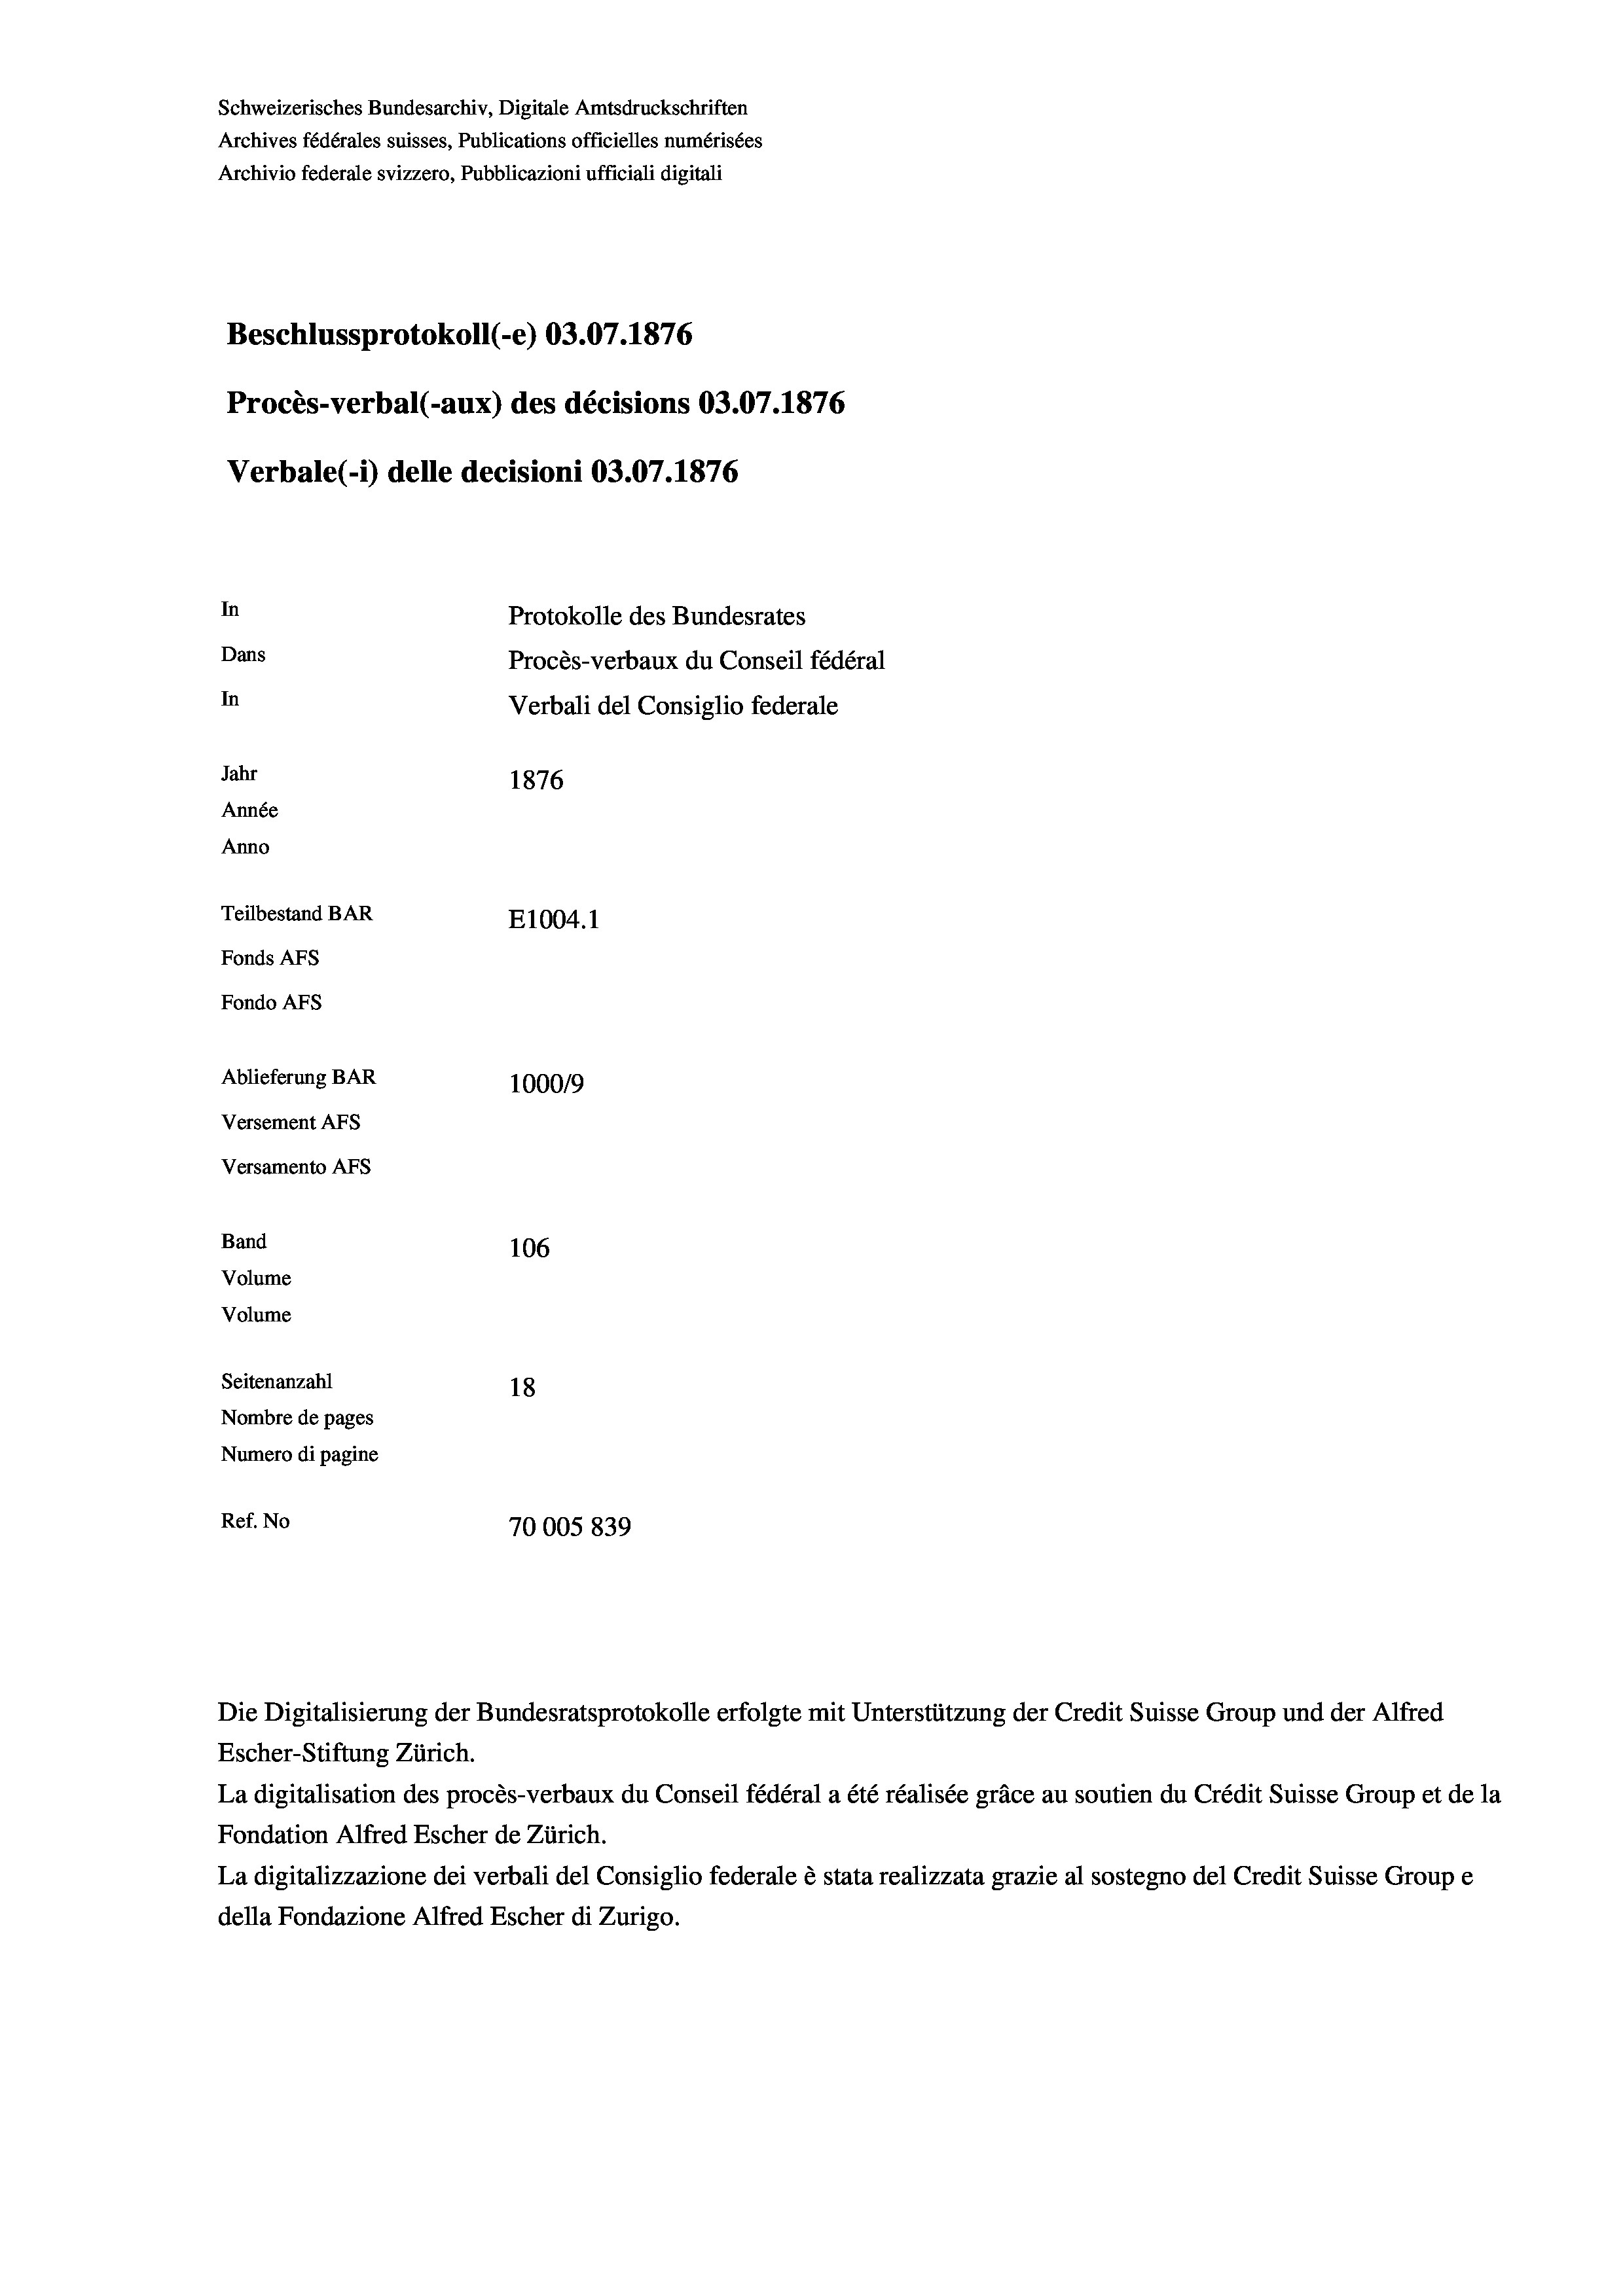
Schweizerisches Bundesarchiv, Digitale Amtsdruckschriften
Archives fédérales suisses, Publications officielles numérisées
Archivio federale svizzero, Pubblicazioni ufficiali digitali
Beschlussprotokoll (-e) 03.07. 1876
Procès-verbal (-aux) des décisions 03.07.1876
Verbale (1) delle decisioni 03.07. 1876
In
Protokolle des Bundesrates
Dans
Procès-verbaux du Conseil fédéral
In
Verbali del Consiglio federale
Jahr
1876
Année
Anno
Teilbestand BAR
E1004. 1
Fonds AFs
Fondo AFs
Ablieferung BAR
1000/9
Versement Abs
Versamento AFs
Band
106

Volume
Volume
Seitenanzahl
18
Nombre de pages
Numero di pagine
Ref. No
70005 839

Die Digitalisierung der Bundesratsprotokolle erfolgte mit Unterstützung der Credit Suisse Group und der Alfred
Escher-Stiftung Zürich.
La digitalisation des procès-verbaux du Conseil fédéral a été réalisée gräce au soutien du Crédit Suisse Group et de la
Fondation Alfred Escher de Zürich.
La digitalizzazione dei verbali del Consiglio federale è stata realizzata grazie al sostegno del Credit Suisse Groupe
della Fondazione Alfred Escher di Zurigo.